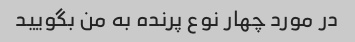
در مورد چهار نوع پرنده به من بگویید